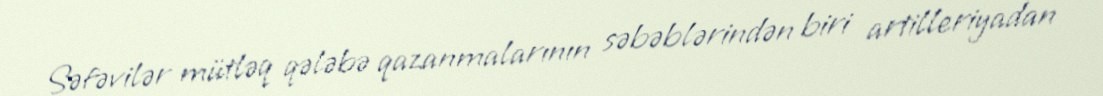
Səfəvilər mütləq qələbə qazanmalarının səbəblərindən biri artilleriyadan